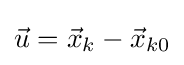
{\vec {u}}={\vec {x}}_{k}-{\vec {x}}_{k0}